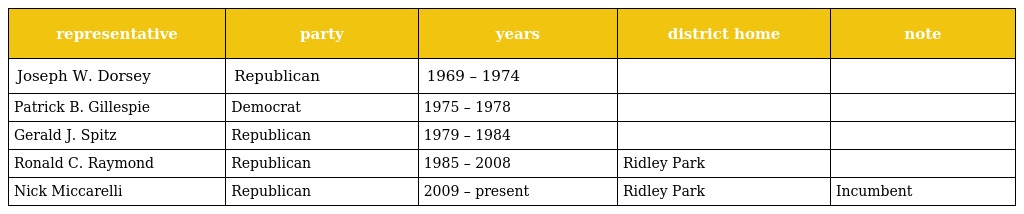
| representative | party | years | district home | note |
 | --- | --- | --- | --- | --- |
 | Joseph W. Dorsey | Republican | 1969 – 1974 |  |  |
 | Patrick B. Gillespie | Democrat | 1975 – 1978 |  |  |
 | Gerald J. Spitz | Republican | 1979 – 1984 |  |  |
 | Ronald C. Raymond | Republican | 1985 – 2008 | Ridley Park |  |
 | Nick Miccarelli | Republican | 2009 – present | Ridley Park | Incumbent |